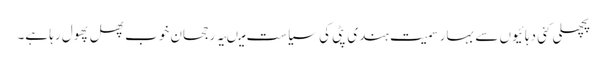
پچھلی کئی دہائیوں سے بہار سمیت ہندی پٹی کی سیاست میںیہ رجحان خوب پھل پھول رہا ہے۔